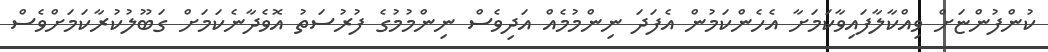
ކުންފުންޏަށް ވިއްކާލާފައިވާކަމަށާ އެހެންކަމުން އެފަދަ ނިންމުމެއް އަދިވެސް ނިންމުމުގެ ފުރުސަތު އޮވެދާނެކަމަށް ގަބޫލުކުރާކަމަށްވެސް